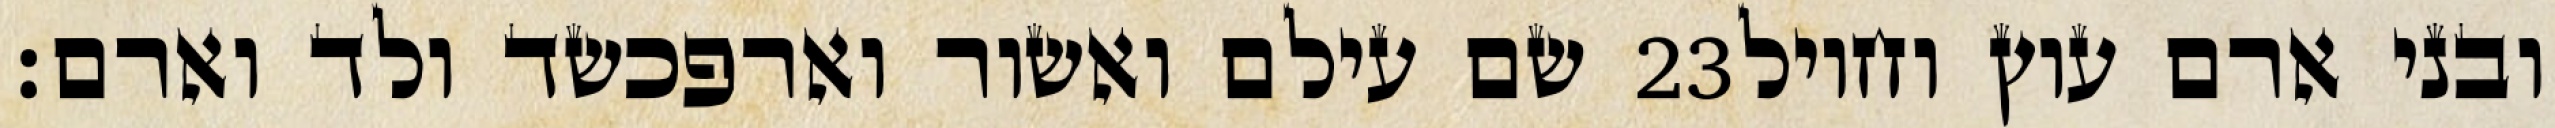
שם עילם ואשור וארפכשד ולד וארם׃ ‎23‏ ובני ארם עוץ וחויל